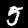
Digit: 5